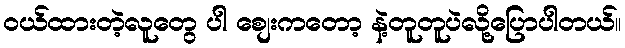
ဝယ်ထားတဲ့လူတွေ ပါ စျေးကတော့ နဲ့တူတူပဲလို့ပြောပါတယ်။